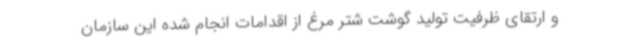
و ارتقای ظرفیت تولید گوشت شتر مرغ از اقدامات انجام شده این سازمان